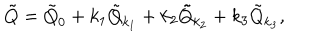
LaTeX: \tilde { Q } = \tilde { Q } _ { 0 } + k _ { 1 } \tilde { Q } _ { k _ { 1 } } + k _ { 2 } \tilde { Q } _ { k _ { 2 } } + k _ { 3 } \tilde { Q } _ { k _ { 3 } } ,